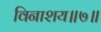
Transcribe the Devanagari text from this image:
विनाशय॥७॥